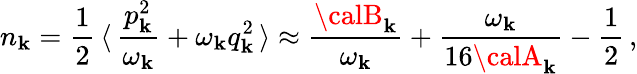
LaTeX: n_{\mathbf{k}}=\frac{{1}}{{2}}\, \langle\, \frac{{p_{\mathbf{k}}^{2}}}{{\omega_{\mathbf{k}}}}+\omega_{\mathbf{k}}q_{\mathbf{k}}^{2}\, \rangle\approx\frac{{{\calB}_{\mathbf{k}}}}{{\omega_{\mathbf{k}}}}+\frac{{\omega_{\mathbf{k}}}}{{16{\calA}_{\mathbf{k}}}}-\frac{{1}}{{2}}\, ,